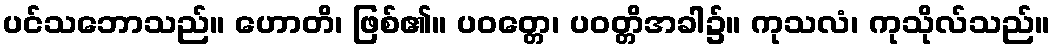
ပင်သဘောသည်။ ဟောတိ၊ ဖြစ်၏။ ပဝတ္တေ၊ ပဝတ္တိအခါ၌။ ကုသလံ၊ ကုသိုလ်သည်။